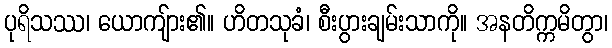
ပုရိသဿ၊ ယောကျ်ား၏။ ဟိတသုခံ၊ စီးပွားချမ်းသာကို။ အနတိက္ကမိတွာ၊